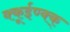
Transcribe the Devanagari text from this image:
क्कूईण्क्क्